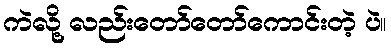
ကဲလို့ လည်းတော်တော်ကောင်းတဲ့ ပဲ။